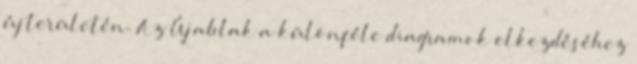
új területén. Az Új ablak a különféle diagramok elkezdéséhez